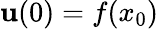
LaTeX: \mathbf{u}(0)=f(x_{0})